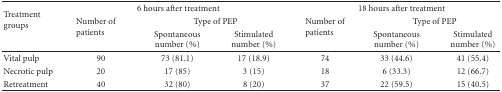
| <ROWSPAN=3> Treatment groups | <COLSPAN=3> 6 hours after treatment | <COLSPAN=3> 18 hours after treatment |
 | <ROWSPAN=2> Number of patients | <COLSPAN=2> Type of PEP | <ROWSPAN=2> Number of patients | <COLSPAN=2> Type of PEP |
 | Spontaneous number (%) | Stimulated number (%) | Spontaneous number (%) | Stimulated number (%) |
 | --- | --- | --- | --- | --- | --- | --- |
 | Vital pulp | 90 | 73 (81.1) | 17 (18.9) | 74 | 33 (44.6) | 41 (55.4) |
 | Necrotic pulp | 20 | 17 (85) | 3 (15) | 18 | 6 (33.3) | 12 (66.7) |
 | Retreatment | 40 | 32 (80) | 8 (20) | 37 | 22 (59.5) | 15 (40.5) |